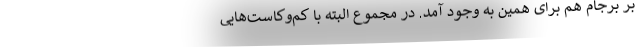
بر برجام هم برای همین به وجود آمد. در مجموع البته با کم‌وکاست‌هایی